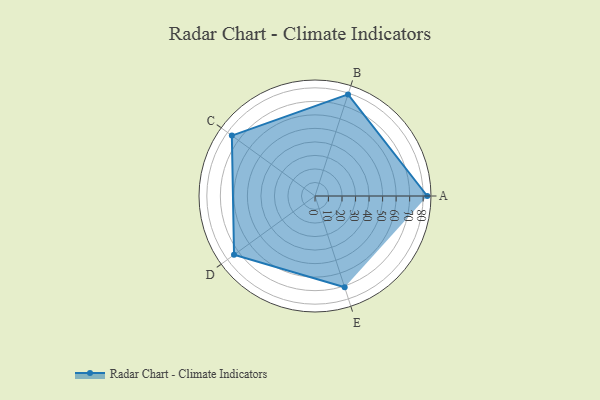
{"axis": {"x": "Skill", "y": "Score"}, "legend": ["Profile"], "data": [{"x": "A", "y": 83.0, "type": "Profile"}, {"x": "B", "y": 79.0, "type": "Profile"}, {"x": "C", "y": 76.0, "type": "Profile"}, {"x": "D", "y": 74.0, "type": "Profile"}, {"x": "E", "y": 71.0, "type": "Profile"}]}